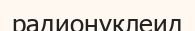
радионуклеид